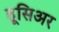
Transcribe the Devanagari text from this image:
हूसिअर